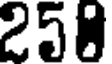
258